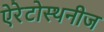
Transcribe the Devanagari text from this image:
ऐरेटोस्थनीज